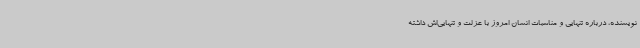
نویسنده، درباره تنهایی و مناسبات انسان امروز با عزلت و تنهایی‌اش داشته